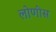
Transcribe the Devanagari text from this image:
लोणीस